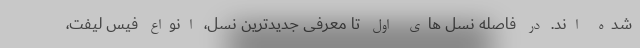
شده اند. در فاصله نسل های اول تا معرفی جدیدترین نسل، انواع فیس لیفت،